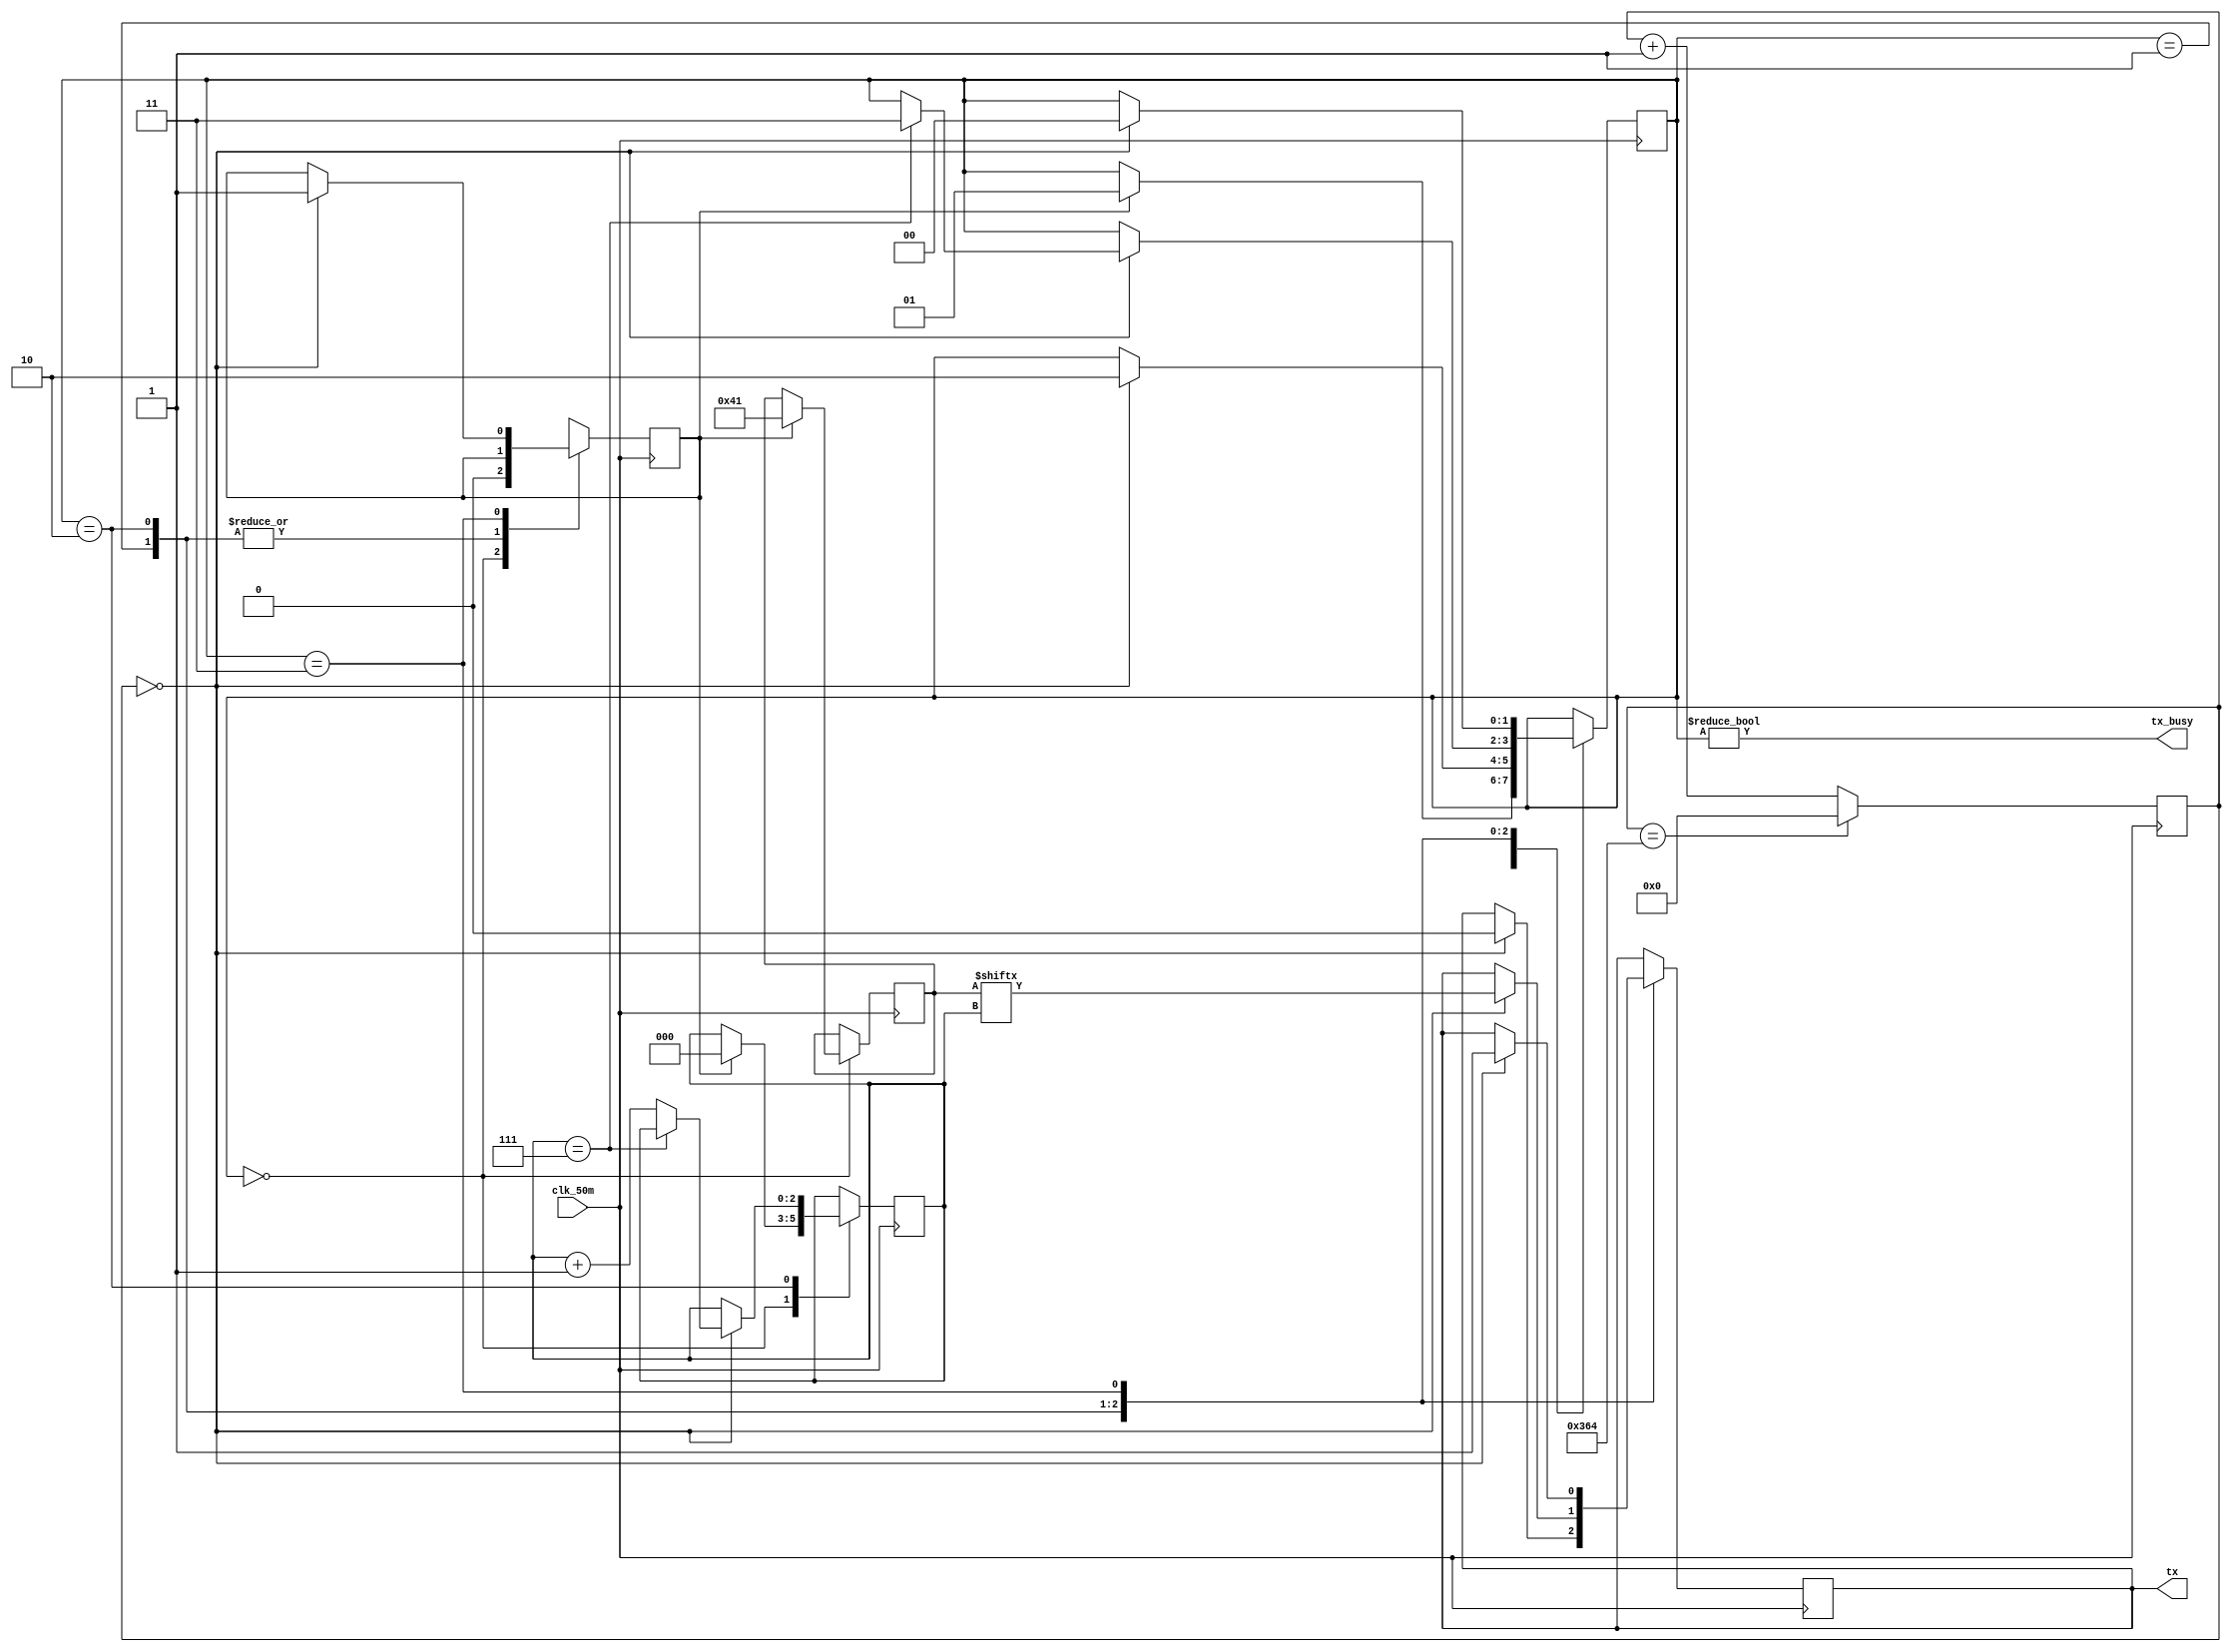
module transmitter(
		   input wire clk_50m,
		   output reg tx,
		   output wire tx_busy);


reg clken;
reg [7:0] din;
initial begin
	 tx = 1'b1;
	 din = 8'b01000001;
end
parameter TX_ACC_MAX = 100000000 / 115200;
parameter TX_ACC_WIDTH = $clog2(TX_ACC_MAX);
reg [TX_ACC_WIDTH - 1:0] tx_acc = 0;

assign clken = (tx_acc == 9'd0);

always @(posedge clk_50m) begin
	if (tx_acc == TX_ACC_MAX[TX_ACC_WIDTH - 1:0])
		tx_acc <= 0;
	else
		tx_acc <= tx_acc + 9'b1;
end

parameter STATE_IDLE	= 2'b00;
parameter STATE_START	= 2'b01;
parameter STATE_DATA	= 2'b10;
parameter STATE_STOP	= 2'b11;

reg [7:0] data = 8'h00;
reg [2:0] bitpos = 3'h0;
reg [1:0] state = STATE_IDLE;
reg wr_en = 1;
always @(posedge clk_50m) begin
	case (state)
	STATE_IDLE: begin
		if (wr_en) begin
			state <= STATE_START;
			data <= din;
			bitpos <= 3'h0;
			wr_en = 0;
		end
	end
	STATE_START: begin
		if (clken) begin
			tx <= 1'b0;
			state <= STATE_DATA;
		end
	end
	STATE_DATA: begin
		if (clken) begin
			if (bitpos == 3'h7)
				state <= STATE_STOP;
			else
				bitpos <= bitpos + 3'h1;
			tx <= data[bitpos];
		end
	end
	STATE_STOP: begin
		if (clken) begin
			tx <= 1'b1;
			wr_en = 1;
			state <= STATE_IDLE;
		end
	end
	default: begin
		tx <= 1'b1;
		state <= STATE_IDLE;
	end
	endcase
end

assign tx_busy = (state != STATE_IDLE);

endmodule